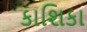
કાશિકા